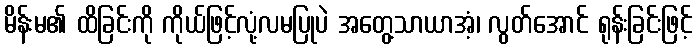
မိန်းမ၏ ထိခြင်းကို ကိုယ်ဖြင့်လုံ့လမပြုပဲ အတွေ့သာယာအံ့၊ လွတ်အောင် ရုန်းခြင်းဖြင့်